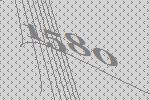
1580